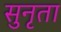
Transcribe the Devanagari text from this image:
सुनृता